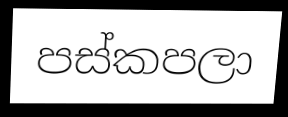
පස්කපලා